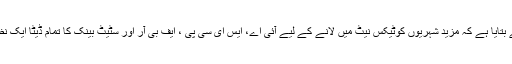
ذرائع وزارتِ خزانہ نے بتایا ہے کہ مزید شہریوں کوٹیکس نیٹ میں لانے کے لیے آئی اے، ایس ای سی پی ، ایف بی آر اور سٹیٹ بینک کا تمام ڈیٹا ایک نظام میں اکٹھا کر لیا ہے۔